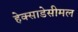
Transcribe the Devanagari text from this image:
हेक्साडेसीमल